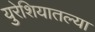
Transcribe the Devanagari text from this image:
युरेशियातल्या